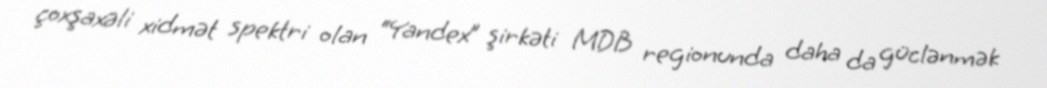
çoxşaxəli xidmət spektri olan “Yandex” şirkəti MDB regionunda daha da güclənmək